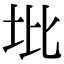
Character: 㘩